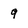
Character: 9